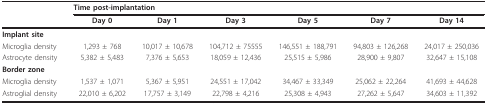
|  | <COLSPAN=6> Time post-implantation |
 |  | Day 0 | Day 1 | Day 3 | Day 5 | Day 7 | Day 14 |
 | --- | --- | --- | --- | --- | --- | --- |
 | <COLSPAN=7> Implant site |
 | Microglia density | 1,293 ± 768 | 10,017 ± 10,678 | 104,712 ± 75555 | 146,551 ± 188,791 | 94,803 ± 126,268 | 24,017 ± 250,036 |
 | Astrocyte density | 5,382 ± 5,483 | 7,376 ± 5,653 | 18,059 ± 12,436 | 25,515 ± 5,986 | 28,900 ± 9,807 | 32,647 ± 15,108 |
 | <COLSPAN=7> Border zone |
 | Microglia density | 1,537 ± 1,071 | 5,367 ± 5,951 | 24,551 ± 17,042 | 34,467 ± 33,349 | 25,062 ± 22,264 | 41,693 ± 44,628 |
 | Astroglial density | 22,010 ± 6,202 | 17,757 ± 3,149 | 22,798 ± 4,216 | 25,308 ± 4,943 | 27,262 ± 5,647 | 34,603 ± 11,392 |